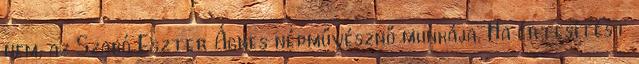
nem, az Szabó Eszter Ágnes népművésznő munkája. Ha értesítést